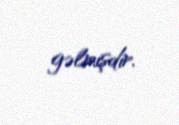
gəlmişdir.